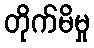
တိုက်မိမှု